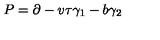
P = \partial - v \tau \gamma _ { 1 } - b \gamma _ { 2 }